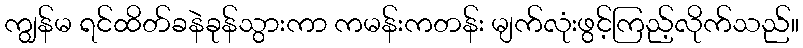
ကျွန်မ ရင်ထိတ်ခနဲခုန်သွားကာ ကမန်းကတန်း မျက်လုံးဖွင့်ကြည့်လိုက်သည်။